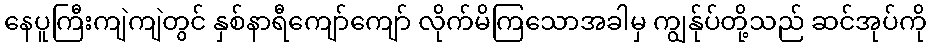
နေပူကြီးကျဲကျဲတွင် နှစ်နာရီကျော်ကျော် လိုက်မိကြသောအခါမှ ကျွန်ုပ်တို့သည် ဆင်အုပ်ကို